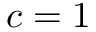
c = 1